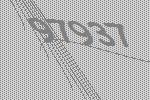
97937